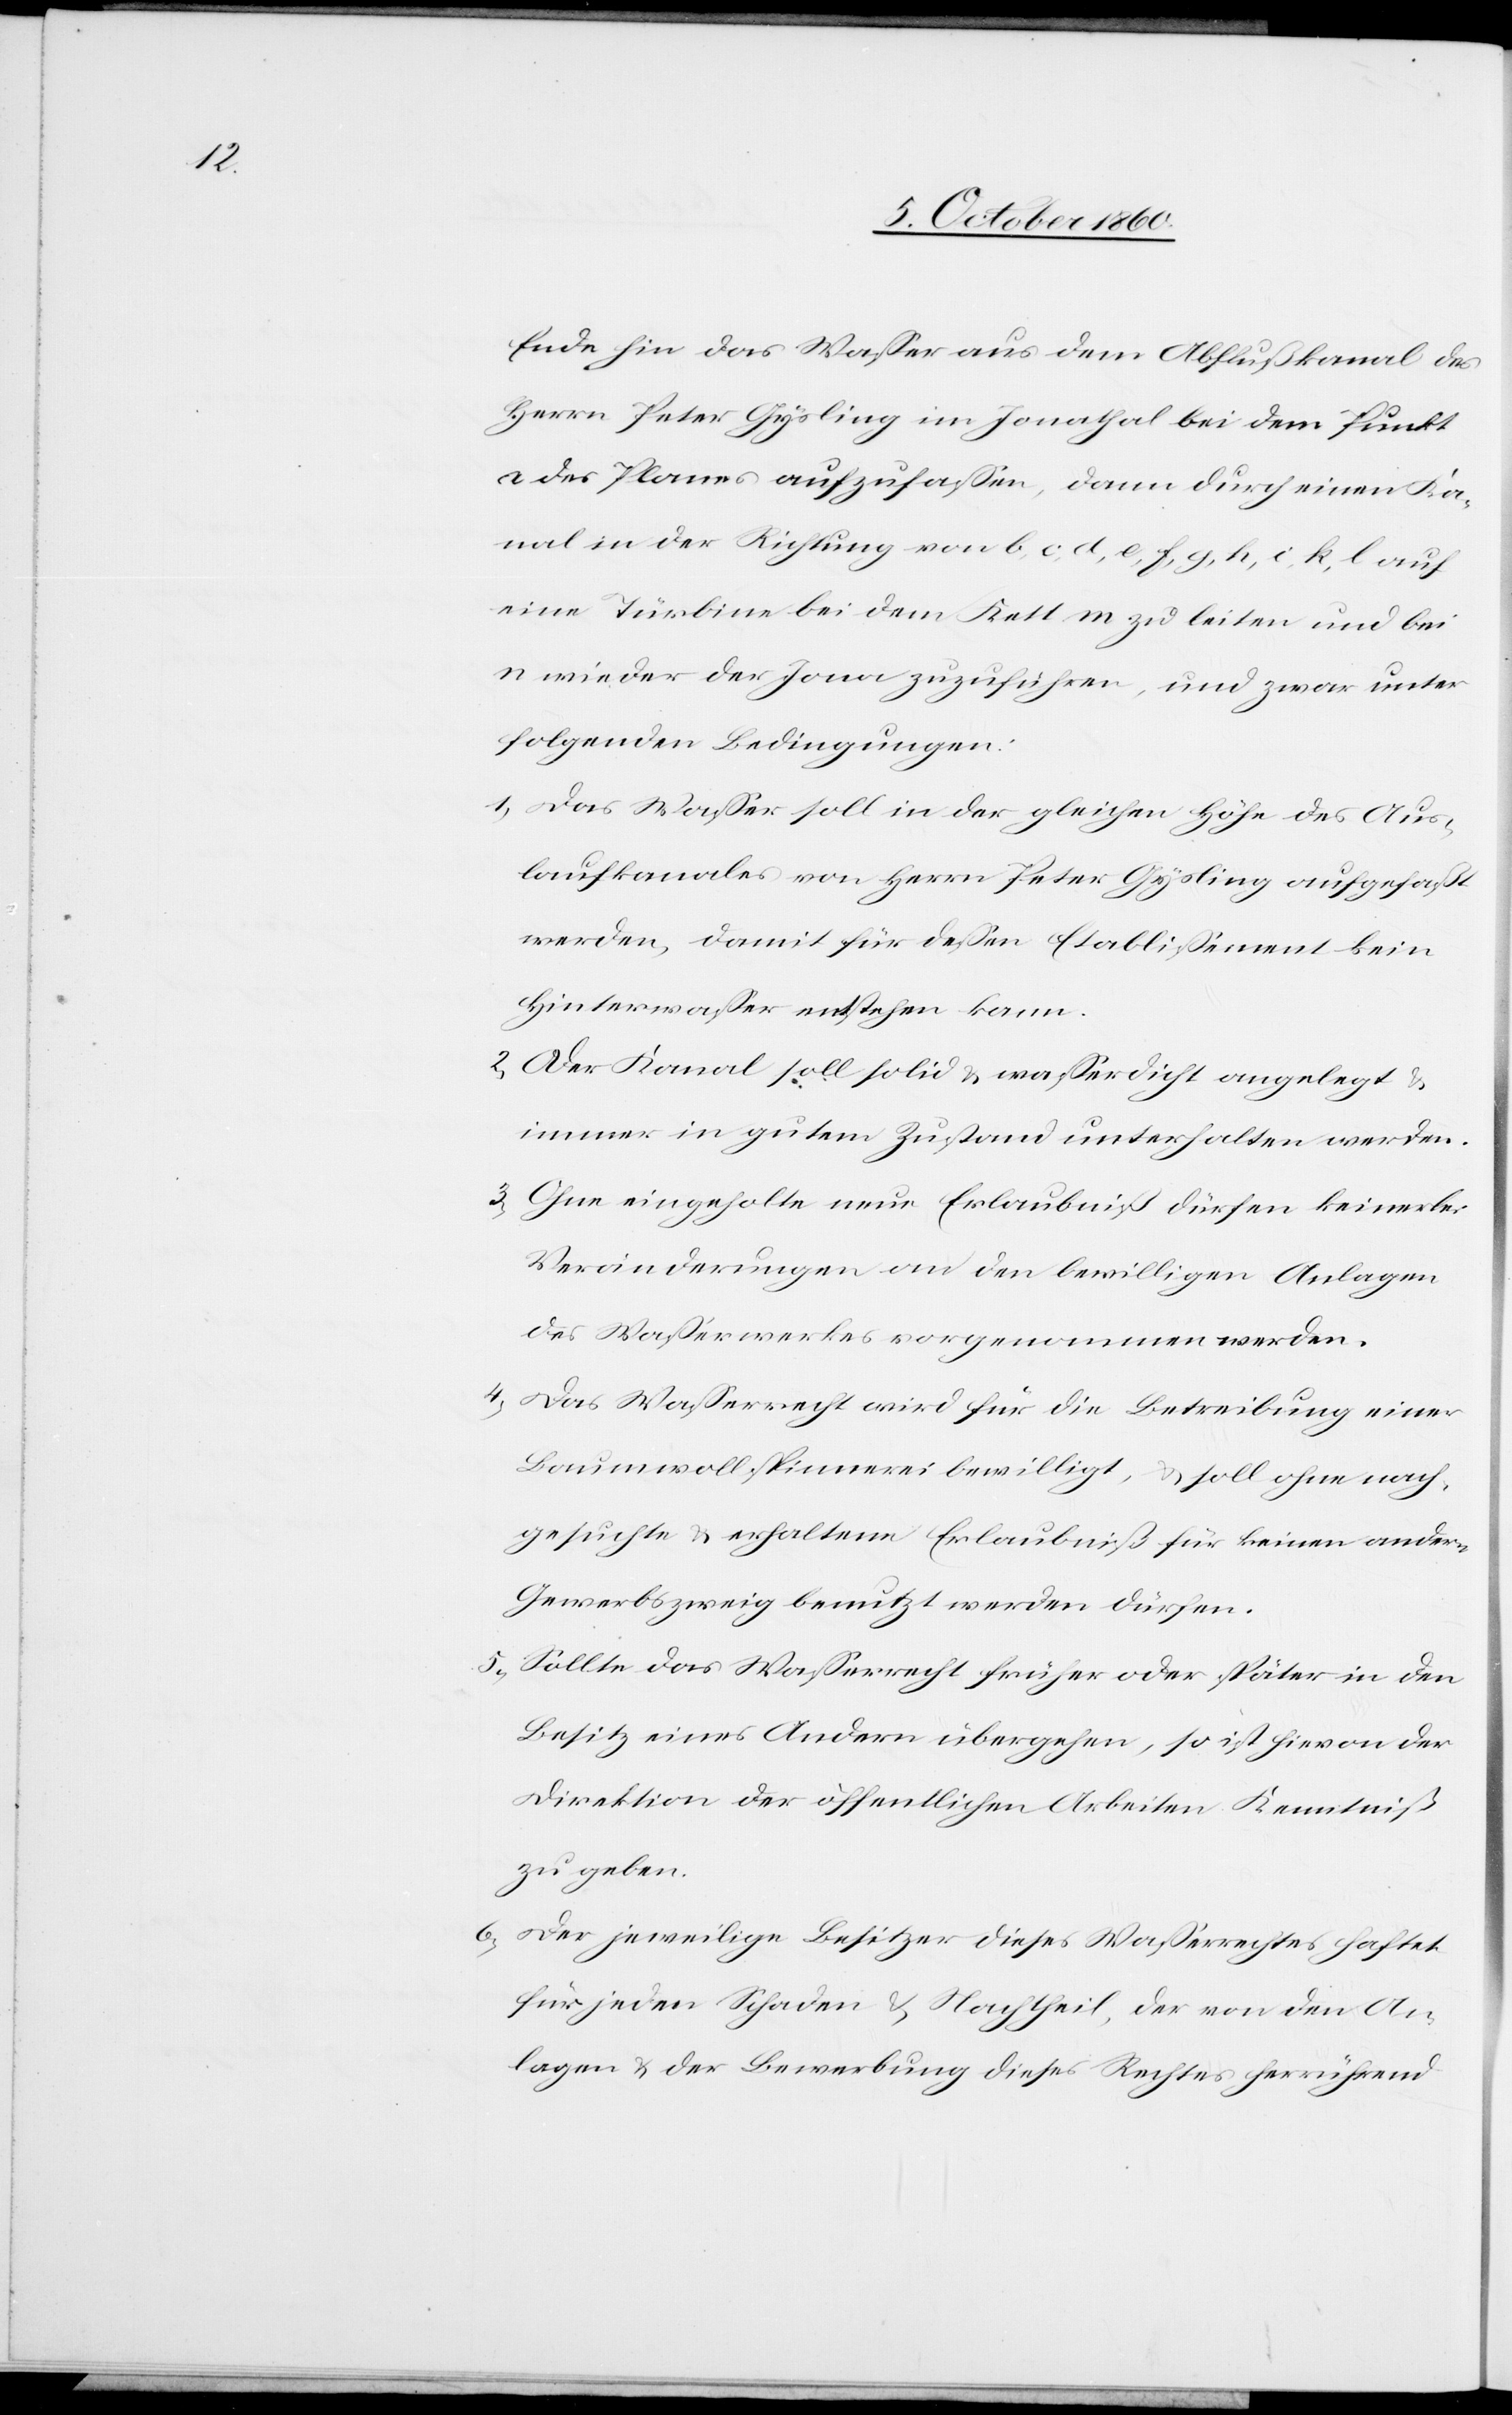
Ende hin das Wasser aus dem Abflußkanal des
Herrn Peter Gysling im Jonathal bei dem Punkt
a des Planes aufzufassen, dann durch einen Ka¬
nal in der Richtung von b, c, d, e, f, g, h, i, k, l auf
eine Türbine bei dem Kett m zu leiten und bei
n wieder der Jona zuzuführen, und zwar unter
folgenden Bedingungen:
1) Das Wasser soll in der gleichen Höhe des Aus¬
laufkanales von Herrn Peter Gysling aufgefaßt
werden, damit für dessen Etablissement kein
Hinterwasser entstehen kann.
2) Der Kanal soll solid u. wasserdicht angelegt u.
immer in gutem Zustand unterhalten werden.
3) Ohne eingeholte neue Erlaubniß dürfen keinerlei
Veränderungen an den bewillig[t]en Anlagen
des Waßerwerkes vorgenommen werden.
4) Das Wasserrecht wird für die Betreibung einer
Baumwollspinnerei bewilligt, u. soll ohne nach¬
geholte u. erhaltenen Erlaubniß für keinen andern
Gewerbszweig benutzt werden dürfen.
5) Sollte das Wasserrecht früher oder später in den
Besitz eines Andern übergehen, so ist hievon der
Direktion der öffentlichen Arbeiten Kenntniß
zu geben.
6) Der jeweilige Besitzer dieses Wasserrechtes haftet
für jeden Schaden u. Nachtheil, der von den An¬
lagen u. der Bewerbung dieses Rechtes herrührend